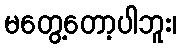
မတွေ့တော့ပါဘူး၊